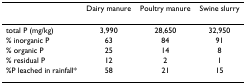
<table><thead><tr><td></td><td><b>Dairy manure</b></td><td><b>Poultry manure</b></td><td><b>Swine slurry</b></td></tr></thead><tbody><tr><td>total P (mg/kg)</td><td>3,990</td><td>28,650</td><td>32,950</td></tr><tr><td>% inorganic P</td><td>63</td><td>84</td><td>91</td></tr><tr><td>% organic P</td><td>25</td><td>14</td><td>8</td></tr><tr><td>% residual P</td><td>12</td><td>2</td><td>1</td></tr><tr><td>%P leached in rainfall*</td><td>58</td><td>21</td><td>15</td></tr></tbody></table>